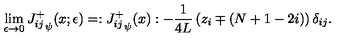
\lim _ { \epsilon \rightarrow 0 } { J _ { i j } ^ { + } } _ { \psi } ( x ; \epsilon ) = : { J _ { i j } ^ { + } } _ { \psi } ( x ) : - \frac { 1 } { 4 L } \left( z _ { i } \mp ( N + 1 - 2 i ) \right) \delta _ { i j } .